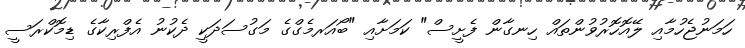
ހަމަނުޖެހުމާއި ލޭއޮހޮރުވުންތައް ހިނގާން ފެށީސް" ކަމަށާއި "ބޯއަރމެގްގެ މަގުސަދަކީ ދެކުނު އެފްރިކާގެ ޑިމޮކްރަސީ